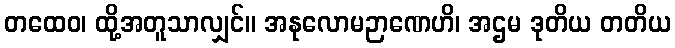
တထေဝ၊ ထို့အတူသာလျှင်။ အနုလောမဉာဏေဟိ၊ အဌမ ဒုတိယ တတိယ